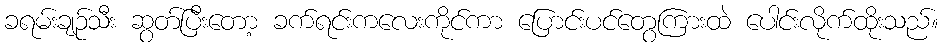
ခရမ်းချဉ်သီး ဆွတ်ပြီးတော့ ခက်ရင်းကလေးကိုင်ကာ ပြောင်းပင်တွေကြားထဲ ပေါင်းလိုက်ထိုးသည်။